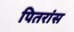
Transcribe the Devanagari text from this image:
पितरांस